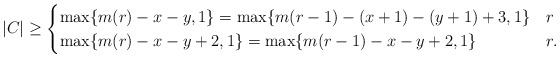
\begin{align*}|C|\geq \begin{cases}\max \{m(r)-x-y,1\} =\max\{ m(r-1)-(x+1)-(y+1)+3,1\} & r \\\max \{m(r)-x-y+2,1\} =\max\{ m(r-1)-x-y+2,1\} & r .\end{cases}\end{align*}